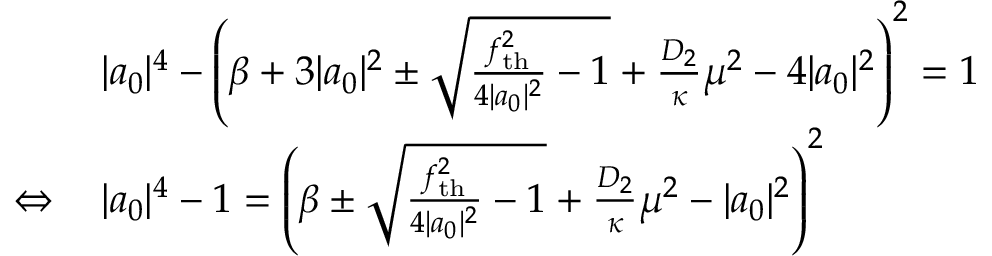
\begin{array} { r l } & { | a _ { 0 } | ^ { 4 } - \left( \beta + 3 | a _ { 0 } | ^ { 2 } \pm \sqrt { \frac { f _ { \mathrm { t h } } ^ { 2 } } { 4 | a _ { 0 } | ^ { 2 } } - 1 } + \frac { D _ { 2 } } { \kappa } \mu ^ { 2 } - 4 | a _ { 0 } | ^ { 2 } \right) ^ { 2 } = 1 } \\ { \Leftrightarrow \, } & { | a _ { 0 } | ^ { 4 } - 1 = \left( \beta \pm \sqrt { \frac { f _ { \mathrm { t h } } ^ { 2 } } { 4 | a _ { 0 } | ^ { 2 } } - 1 } + \frac { D _ { 2 } } { \kappa } \mu ^ { 2 } - | a _ { 0 } | ^ { 2 } \right) ^ { 2 } } \end{array}